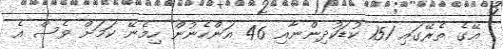
އޭގެ ތެރޭގައި 151 ކުޑަކުދިންނާއި 46 އަންހެނުން ހިމެނޭ ކަމަށް ވެސް އެ